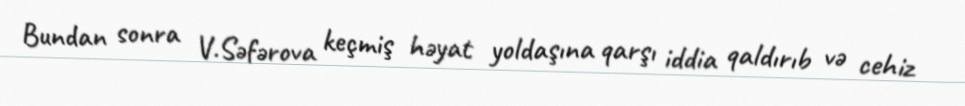
Bundan sonra V.Səfərova keçmiş həyat yoldaşına qarşı iddia qaldırıb və cehiz